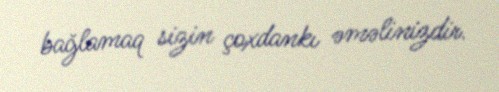
bağlamaq sizin çoxdankı əməlinizdir.